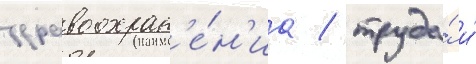
здравоохран'е́н'иа / труда́ и́